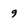
Character: 9